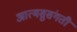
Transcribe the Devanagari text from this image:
आत्मसुसंगती